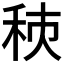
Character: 𥞗